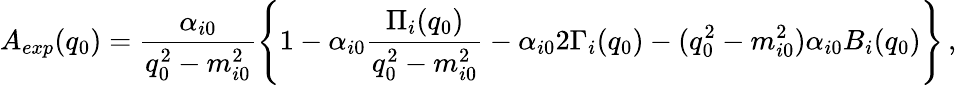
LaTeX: A_{exp}(q_{0})=\frac{\alpha_{i0}}{q_{0}^{2}-m_{i0}^{2}}\left\{ 1-\alpha_{i0}\frac{\Pi_{i}(q_{0})}{q_{0}^{2}-m_{i0}^{2}}-\alpha_{i0}2\Gamma_{i}(q_{0})-(q_{0}^{2}-m_{i0}^{2})\alpha_{i0}B_{i}(q_{0})\right\} \, ,